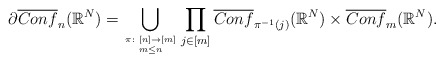
\begin{align*}{ \partial \overline{Conf}_{n}(\mathbb R^N)=\bigcup_{\pi\colon [n]\rightarrow [m]\atop m\leq n}\prod_{j\in [m]} \overline{Conf}_{\pi^{-1}(j)}(\mathbb R^N)\times \overline{Conf}_{m}(\mathbb R^N).}\\\end{align*}